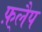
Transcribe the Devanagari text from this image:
फ़्लैप